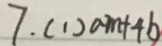
7 . ( 1 ) a m + 4 b